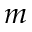
m